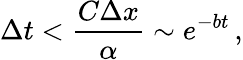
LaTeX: \Delta t<\frac{C\Delta x}{\alpha}\sim e^{-bt}\, ,